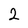
Character: 2